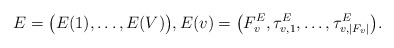
\begin{align*} E = \big(E(1),\dots, E(V)\big), E(v) = \big(F^E_v, \tau^E_{v,1}, \dots, \tau^E_{v, |F_v| }\big). \end{align*}